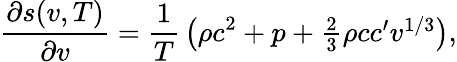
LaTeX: {\frac{\partial s(v,T)}{\partial v}}={\frac{1}{T}}\left(\rho c^{2}+p+\textstyle{\frac{2}{3}}\rho cc^{\prime}v^{1/3}\right),